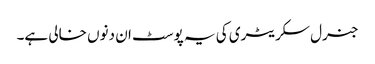
جنرل سکریٹری کی یہ پوسٹ ان دنوں خالی ہے۔